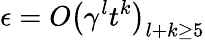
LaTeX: \epsilon=O\left(\gamma^{l}t^{k}\right)_{l+k\geq 5}